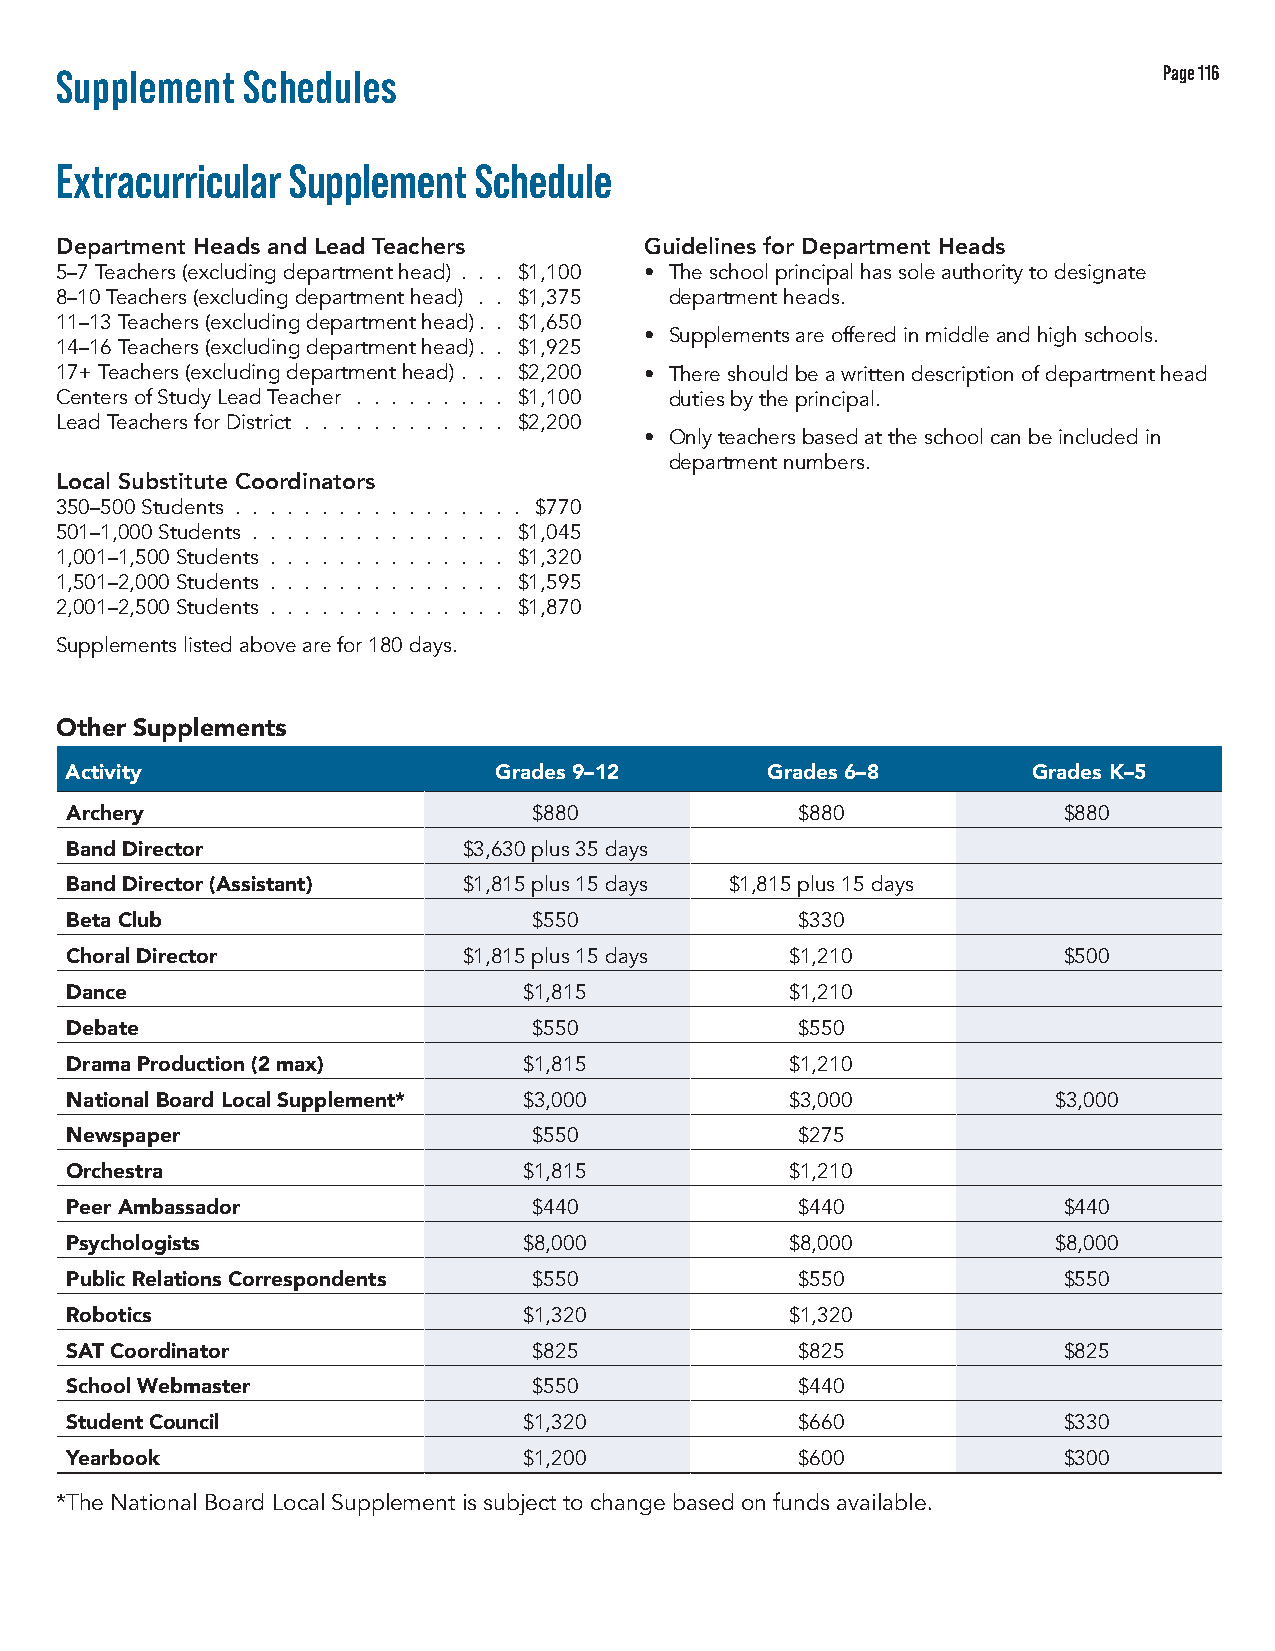
Supplement  Schedules                                                    Page 116
 Extracurricular Supplement Schedule
 Department Heads and Lead Teachers     Guidelines for Department Heads
 5–7 Teachers (excluding department head) . . . $1,100 • The school principal has sole authority to designate
 8–10 Teachers (excluding department head) . . $1,375 department heads.
 11–13 Teachers (excluding department head). . $1,650
 • Supplements are offered in middle and high schools.
 14–16 Teachers (excluding department head). . $1,925
 17+ Teachers (excluding department head) . . . $2,200 • There should be a written description of department head
 Centers of Study Lead Teacher . . . . . . . . . $1,100 duties by the principal.
 Lead Teachers for District . . . . . . . . . . . . $2,200
 • Only teachers based at the school can be included in
 department numbers.
 Local Substitute Coordinators
 350–500 Students . . . . . . . . . . . . . . . . . $770
 501–1,000 Students . . . . . . . . . . . . . . . $1,045
 1,001–1,500 Students . . . . . . . . . . . . . . $1,320
 1,501–2,000 Students . . . . . . . . . . . . . . $1,595
 2,001–2,500 Students . . . . . . . . . . . . . . $1,870
 Supplements listed above are for 180 days.
 Other Supplements
 Activity                     Grades 9–12       Grades 6–8       Grades K–5
 Archery                        $880              $880             $880
 Band Director              $3,630 plus 35 days
 Band Director (Assistant)  $1,815 plus 15 days $1,815 plus 15 days
 Beta Club                      $550              $330
 Choral Director            $1,815 plus 15 days  $1,210            $500
 Dance                          $1,815           $1,210
 Debate                         $550              $550
 Drama Production (2 max)       $1,815           $1,210
 National Board Local Supplement* $3,000         $3,000            $3,000
 Newspaper                      $550              $275
 Orchestra                      $1,815           $1,210
 Peer Ambassador                $440              $440             $440
 Psychologists                  $8,000           $8,000            $8,000
 Public Relations Correspondents $550             $550             $550
 Robotics                       $1,320           $1,320
 SAT Coordinator                $825              $825             $825
 School Webmaster               $550              $440
 Student Council                $1,320            $660             $330
 Yearbook                       $1,200            $600             $300
 *The National Board Local Supplement is subject to change based on funds available.